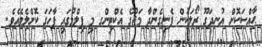
ޙާއްސަކޮށް އުނދަގޫ ރޯލަކުން ފެނިގެންދާ މަޖޫގެ އެކްޓިންގ މި ފިލްމުގައި ފާހަގަ ކޮށްލެވެއެވެ.